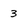
Character: 3